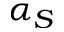
\alpha _ { S }